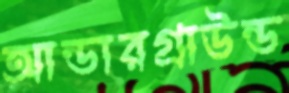
আন্ডারগ্রাউন্ড